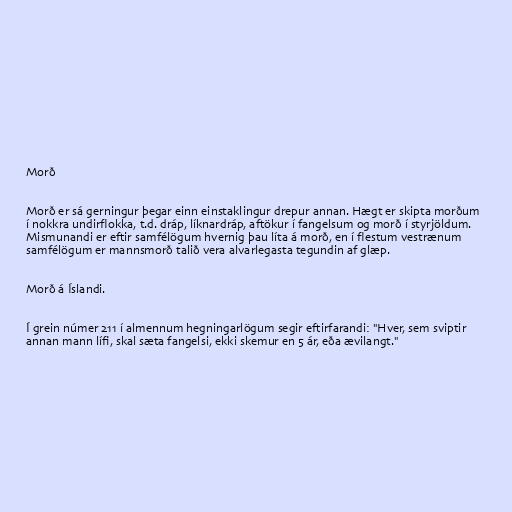
Morð

Morð er sá gerningur þegar einn einstaklingur drepur annan. Hægt er skipta morðum
í nokkra undirflokka, t.d. dráp, líknardráp, aftökur í fangelsum og morð í styrjöldum.
Mismunandi er eftir samfélögum hvernig þau líta á morð, en í flestum vestrænum
samfélögum er mannsmorð talið vera alvarlegasta tegundin af glæp.

Morð á Íslandi.

Í grein númer 211 í almennum hegningarlögum segir eftirfarandi: "Hver, sem sviptir
annan mann lífi, skal sæta fangelsi, ekki skemur en 5 ár, eða ævilangt."